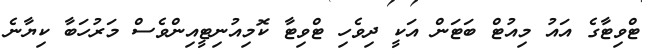
ޓްވިޓާގެ އައު މިއުޓް ބަޓަން އަކީ ދިވެހި ޓްވިޓާ ކޮމިއުނިޓީއިންވެސް މަރުހަބާ ކިޔާނެ